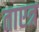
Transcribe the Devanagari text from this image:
ताएत्र